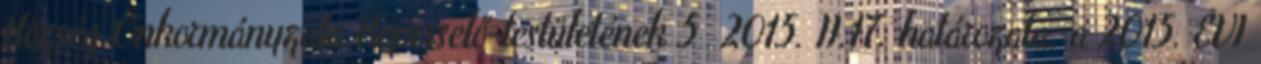
Község Önkormányzata Képviselő-testületének 5 2015. II.17. határozata. a 2015. ÉVI